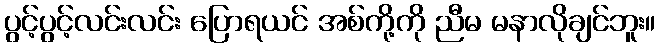
ပွင့်ပွင့်လင်းလင်း ပြောရယင် အစ်ကို့ကို ညီမ မနာလိုချင်ဘူး။